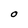
Character: O